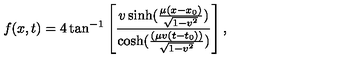
f ( x , t ) = 4 \tan ^ { - 1 } \left[ \frac { v \sinh ( \frac { \mu ( x - x _ { 0 } ) } { \sqrt { 1 - v ^ { 2 } } } ) } { \cosh ( \frac { ( \mu v ( t - t _ { 0 } ) ) } { \sqrt { 1 - v ^ { 2 } } } ) } \right] ,